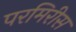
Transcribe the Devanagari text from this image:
परमिरीस